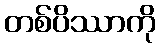
တစ်ပိဿာကို